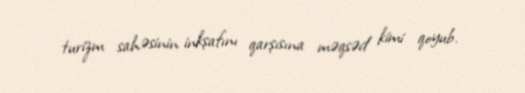
turizm sahəsinin inkşafını qarşısına məqsəd kimi qoyub.